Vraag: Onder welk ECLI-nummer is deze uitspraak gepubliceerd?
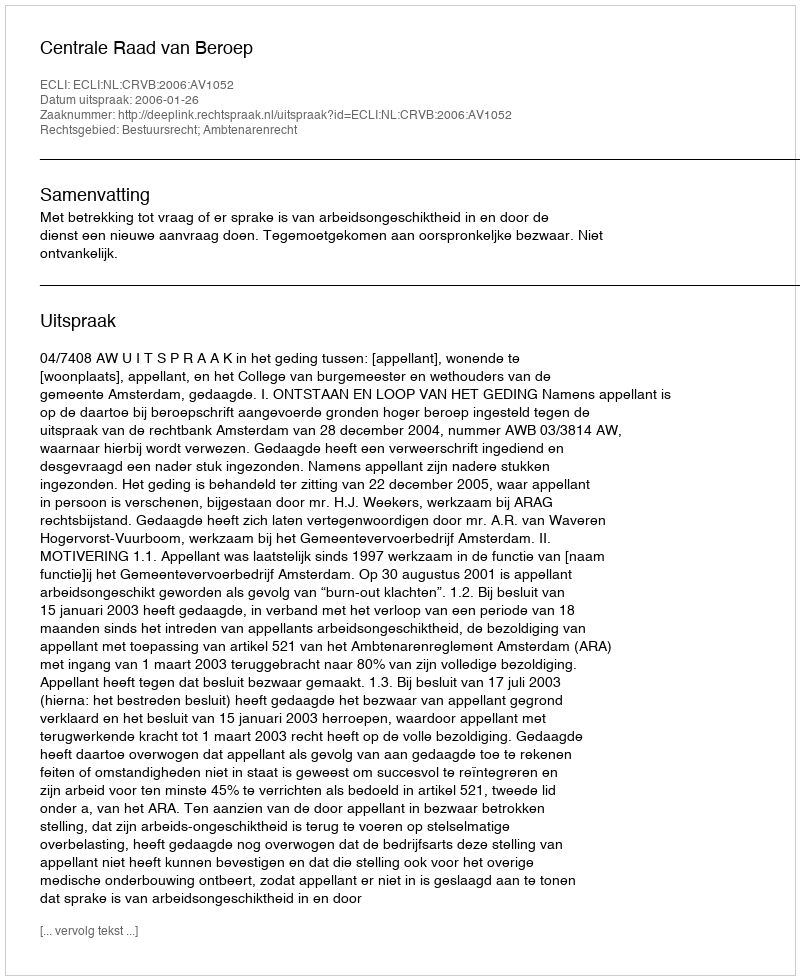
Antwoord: ECLI:NL:CRVB:2006:AV1052